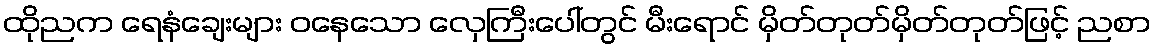
ထိုညက ရေနံချေးများ ဝနေသော လှေကြီးပေါ်တွင် မီးရောင် မှိတ်တုတ်မှိတ်တုတ်ဖြင့် ညစာ